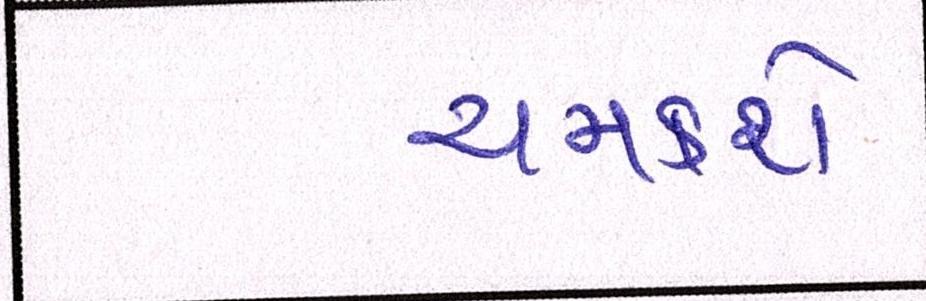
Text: ચમકશે